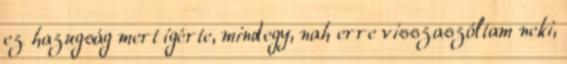
ez hazugság mert ígérte, mindegy, nah erre visszaszóltam neki,